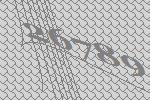
26789